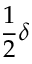
\frac 1 2 \delta